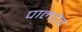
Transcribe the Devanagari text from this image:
पालदेव